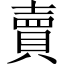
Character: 賣